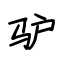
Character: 驴